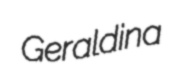
Geraldina